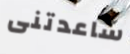
ساعدتنى